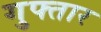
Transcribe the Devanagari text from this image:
गुफ्तार